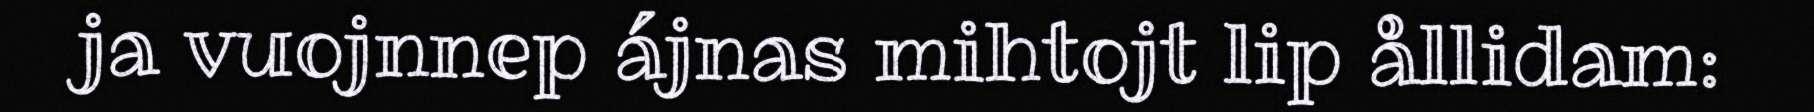
ja vuojnnep ájnas mihtojt lip ållidam: